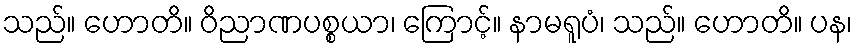
သည်။ ဟောတိ။ ဝိညာဏပစ္စယာ၊ ကြောင့်။ နာမရူပံ၊ သည်။ ဟောတိ။ ပန၊